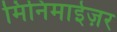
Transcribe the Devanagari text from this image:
मिनिमाईज़र